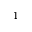
^ { 1 }